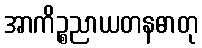
အာကိဉ္စညာယတနဓာတု